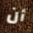
أن